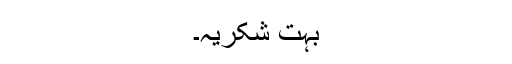
بُہت شکریہ۔